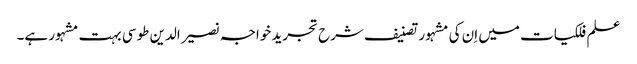
علم فلکیات میں اِن کی مشہور تصنیف شرح تجرید خواجہ نصیر الدین طوسی بہت مشہور ہے۔